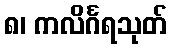
၈၊ ကလိင်္ဂရသုတ်